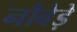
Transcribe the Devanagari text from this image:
नौबेड़े